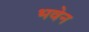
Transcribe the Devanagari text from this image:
भवेन